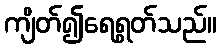
ကျိတ်၍ရေရွတ်သည်။